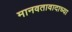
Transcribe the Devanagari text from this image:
मानवतावादाच्या